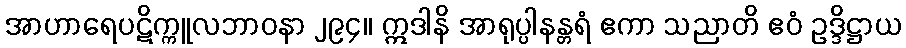
အာဟာရေပဋိက္ကူလဘာဝနာ ၂၉၄။ ဣဒါနိ အာရုပ္ပါနန္တရံ ဧကာ သညာတိ ဧဝံ ဥဒ္ဒိဋ္ဌာယ